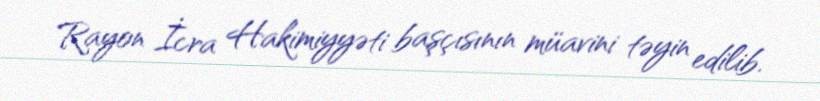
Rayon İcra Hakimiyyəti başçısının müavini təyin edilib.